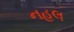
નહલ